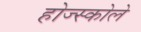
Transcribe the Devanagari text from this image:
होज्स्कोले